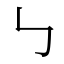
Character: ㇉